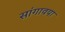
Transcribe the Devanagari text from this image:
सांगावया